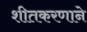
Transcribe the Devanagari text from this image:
शीतकरणाने